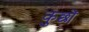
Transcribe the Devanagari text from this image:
कुछों